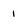
Character: 1